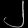
Digit: ၂